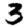
Digit: 3